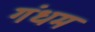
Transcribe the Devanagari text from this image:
गंधम